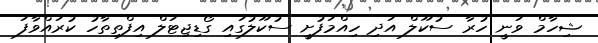
ޝިހާމް ވަނީ ހުރާ ސުކޫލް އަދި ހިއްމަފުށީ ސުކޫލުގައި ގޯޑިޖިޓަލް އިފްތިތާހު ކުރައްވާފަ